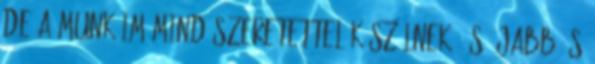
de a munkáim mind szeretettel készülnek, és újabb és